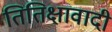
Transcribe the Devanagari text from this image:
तितिक्षावादी